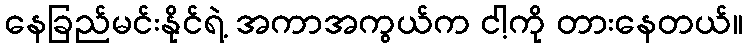
နေခြည်မင်းနိုင်ရဲ့ အကာအကွယ်က ငါ့ကို တားနေတယ်။